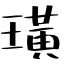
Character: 璜